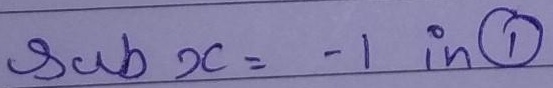
$3 \text{ cub } x=-1 \text{ in } \textcircled{1}$